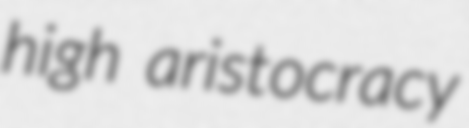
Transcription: high aristocracy